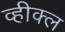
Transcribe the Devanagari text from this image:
व्हीक्ल